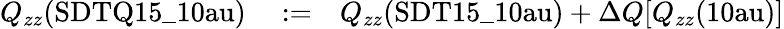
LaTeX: \begin{array}{rlr}{Q_{zz}(\mathrm{{SDTQ15\_ 10au}})}&{{}:=}&{Q_{zz}(\mathrm{{SDT15\_ 10au}})+\Delta Q[Q_{zz}(\mathrm{{10au}})]}\end{array}